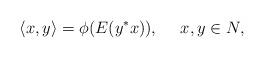
LaTeX: \begin{align*}\langle x,y\rangle=\phi(E(y^*x)),\ \ \ \ x,y\in N,\end{align*}